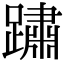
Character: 𨅋